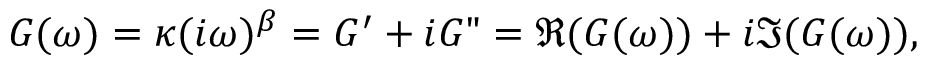
G ( \omega ) = \kappa ( i \omega ) ^ { \beta } = G ^ { \prime } + i G " = \Re ( G ( \omega ) ) + i \Im ( G ( \omega ) ) ,